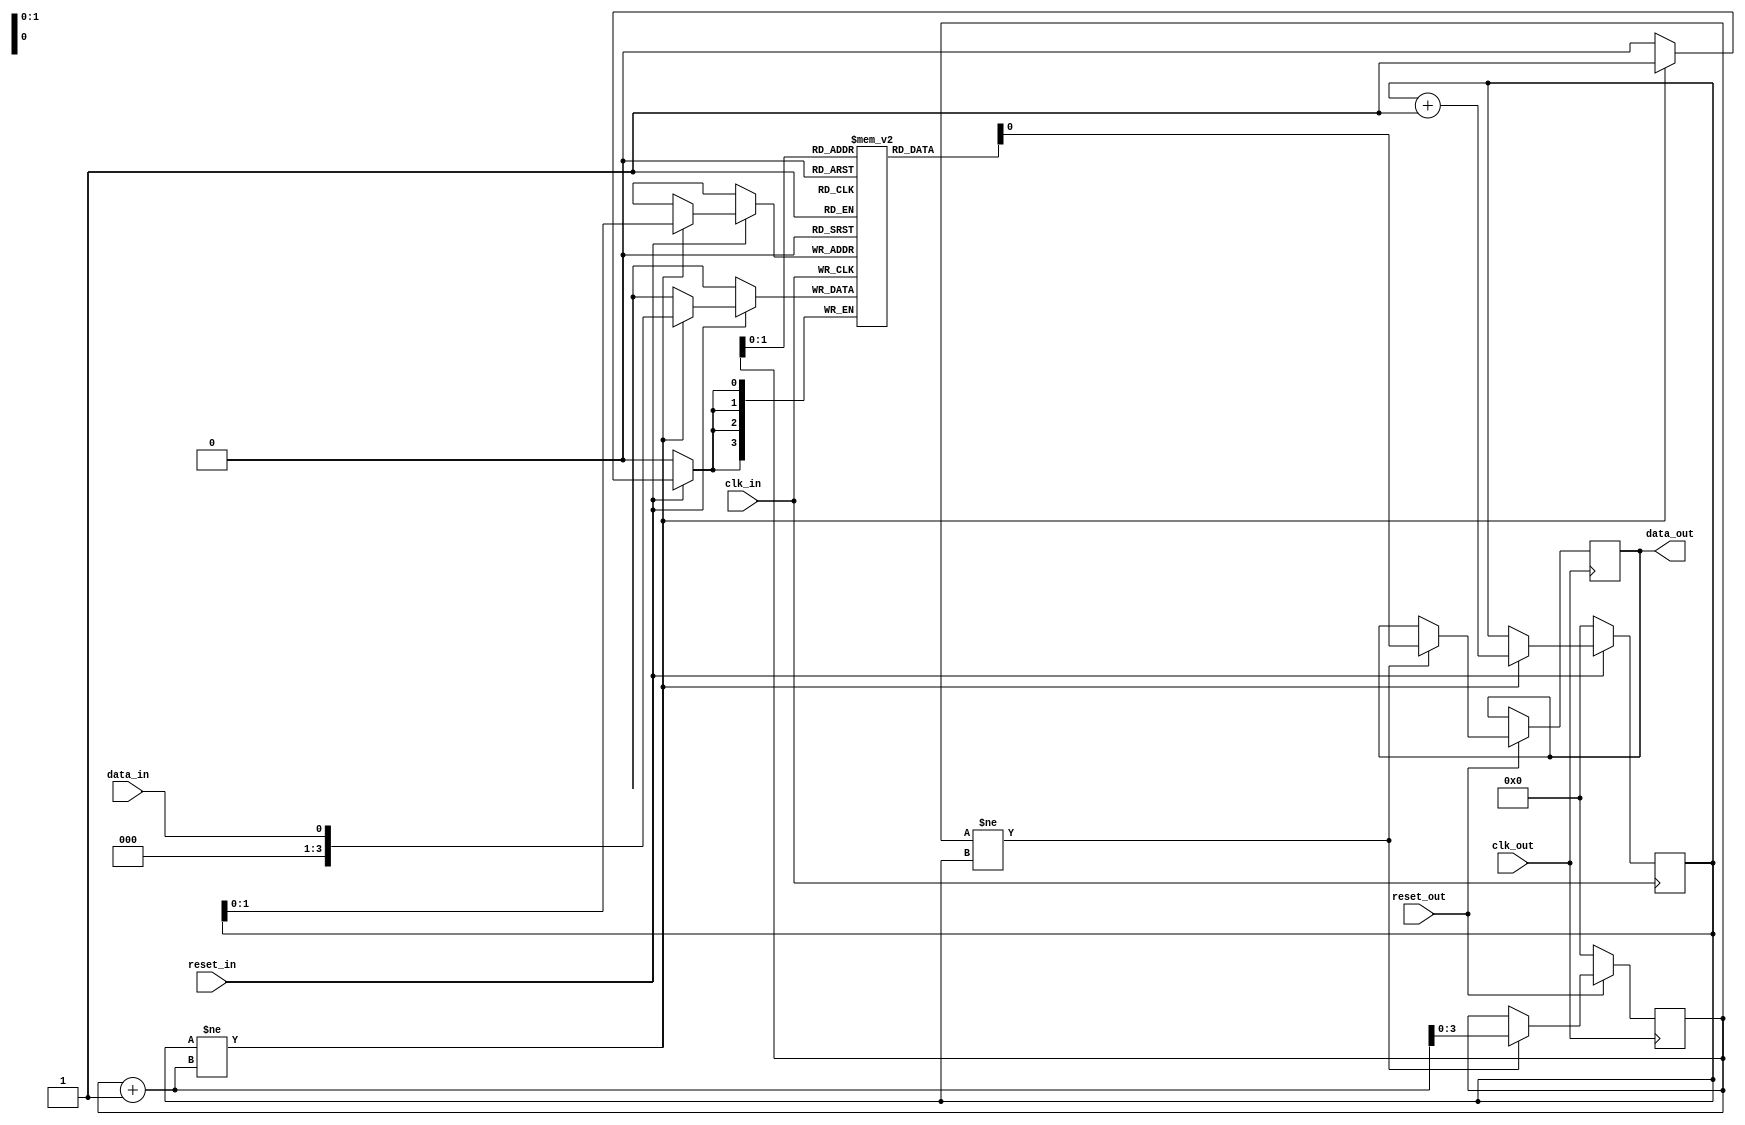
module asynchronous_fifo_sync (
    input wire clk_in,    // Input clock domain
    input wire reset_in,  // Reset signal for input clock domain
    input wire data_in,   // Data input signal

    input wire clk_out,   // Output clock domain
    input wire reset_out, // Reset signal for output clock domain
    output reg data_out    // Data output signal
);

// Define FIFO buffer size
parameter FIFO_DEPTH = 16;

// FIFO buffer for data synchronization
reg [$clog2(FIFO_DEPTH)-1:0] fifo [$clog2(FIFO_DEPTH)-1:0];
reg [$clog2(FIFO_DEPTH)-1:0] read_ptr = 0;
reg [$clog2(FIFO_DEPTH)-1:0] write_ptr = 0;

// Write data to FIFO buffer
always @(posedge clk_in)
begin
    if (!reset_in)
        write_ptr <= 0;
    else if (write_ptr != read_ptr + 1)
    begin
        fifo[write_ptr] <= data_in;
        write_ptr <= write_ptr + 1;
    end
end

// Read data from FIFO buffer
always @(posedge clk_out)
begin
    if (!reset_out)
        read_ptr <= 0;
    else if (read_ptr != write_ptr)
    begin
        data_out <= fifo[read_ptr];
        read_ptr <= read_ptr + 1;
    end
end

endmodule